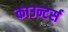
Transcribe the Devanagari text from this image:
काउन्टर्स